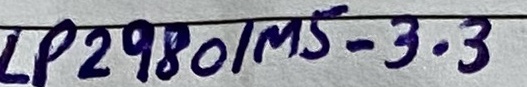
Text: LP2980/MS-3.3